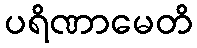
ပရိဏာမေတိ